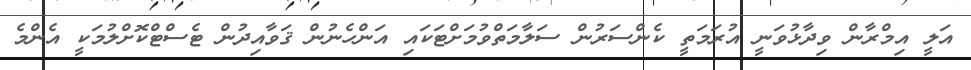
އަލީ އިމްރާން ވިދާޅުވަނީ އުރަމަތީ ކެންސަރުން ސަލާމަތްވުމަށްޓަކައި އަންހެނުން ޤަވާއިދުން ޓެސްޓްކޮށްލުމަކީ އެންމެ